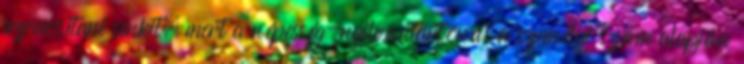
azonosítani senkit, mert a népesség-nyilvántartónál a személyi szám alapján